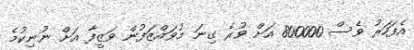
އެފަހަރު ވެސް 800000 އަށް ވުރެ ގިނަ މުވައްޒަފުން ވަޒީފާ އަށް ނުނިކުމެ